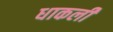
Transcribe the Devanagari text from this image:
धाकली